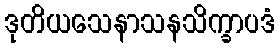
ဒုတိယသေနာသနသိက္ခာပဒံ